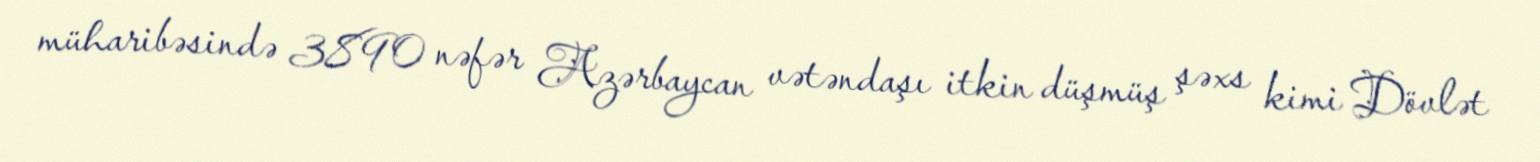
müharibəsində 3890 nəfər Azərbaycan vətəndaşı itkin düşmüş şəxs kimi Dövlət